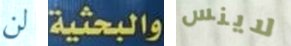
لن والبحثية لاينس